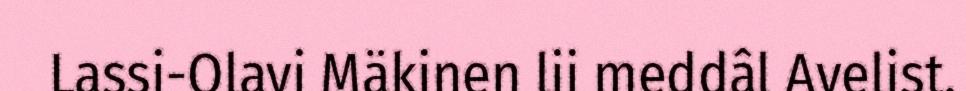
Lassi-Olavi Mäkinen lii meddâl Avelist.